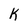
Character: k